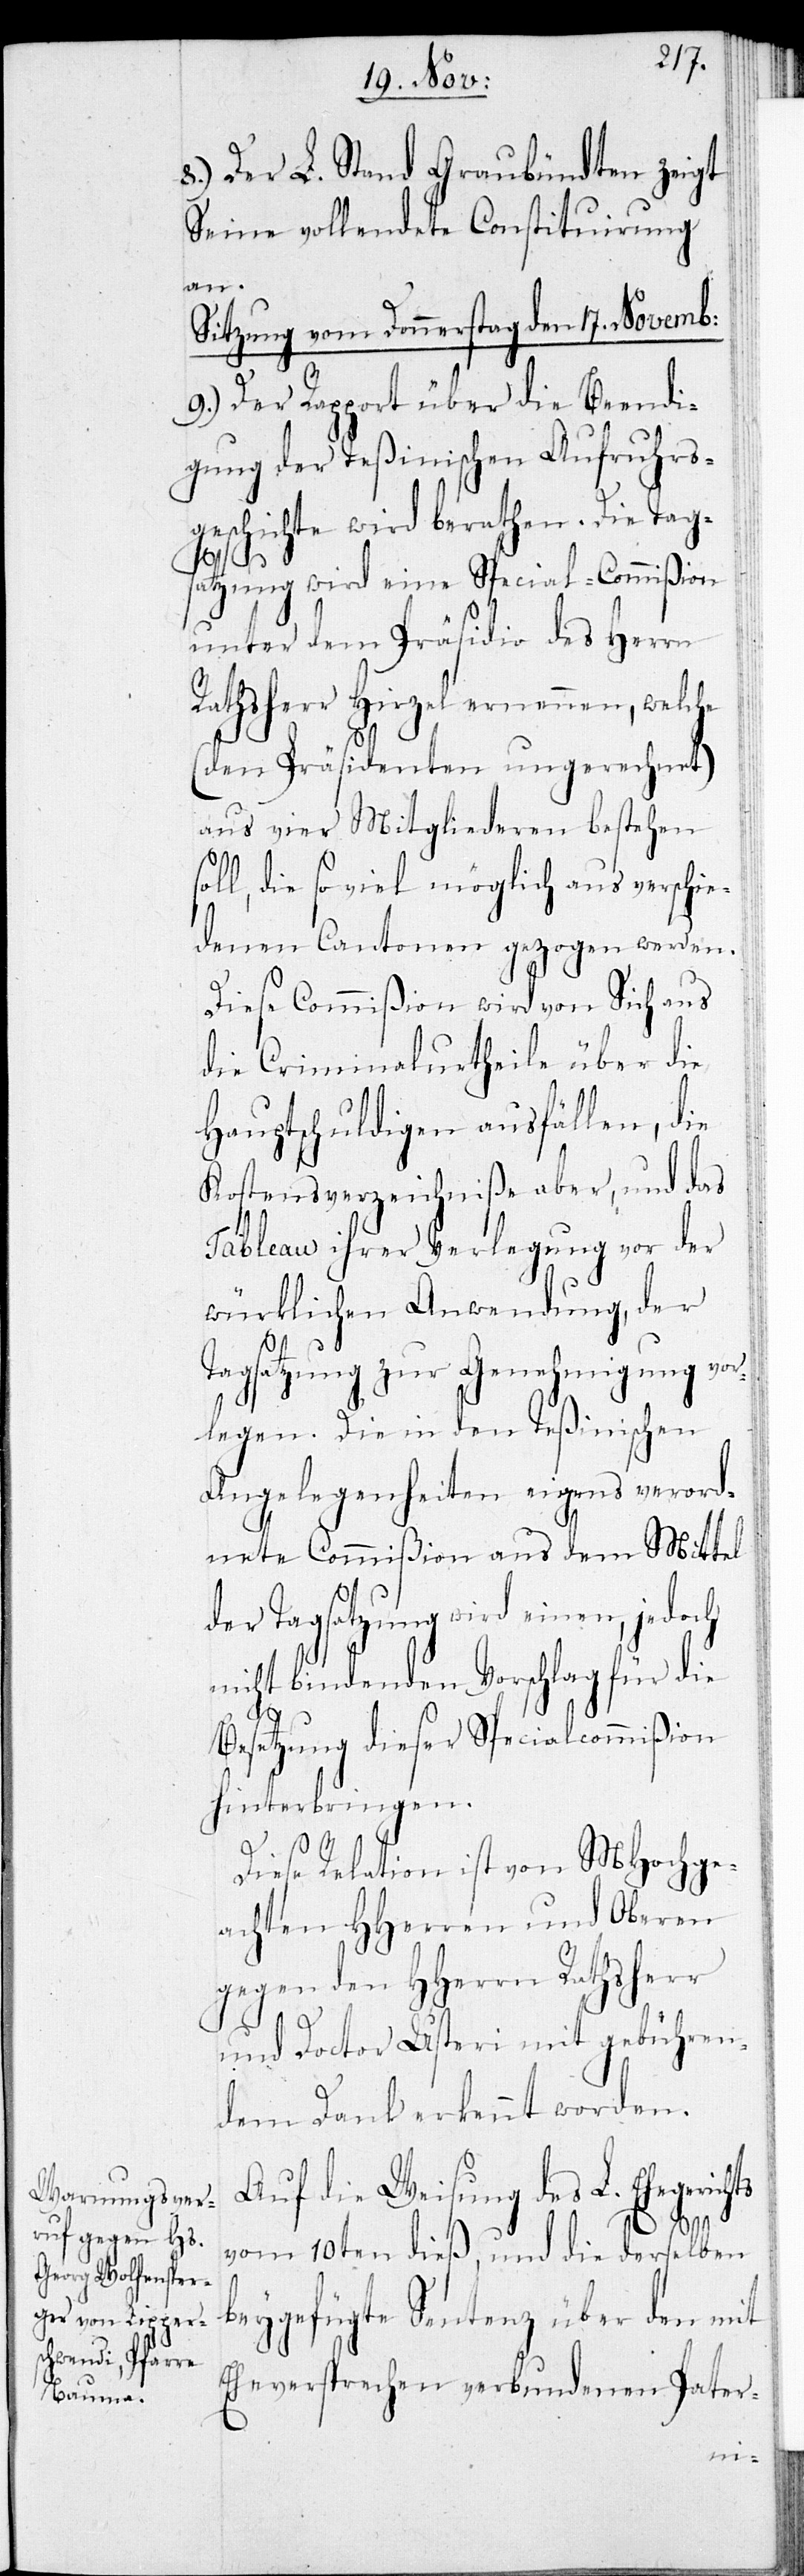
8.) Der L. Stand Graubündten zeigt
seine vollendete Constituirung
an.
Sitzung vom Donnerstag den 17. Novemb:
9.) Der Rapport über die Beendi¬
gung der Teßinischen Aufruhrs¬
geschichte wird berathen. Die Tags¬
atzung wird eine Special-Commißion
unter dem Präsidio des Herrn
Rathsherr Hirzel ernennen, welche
(den Präsidenten ungerechnet)
aus vier Mitgliederen bestehen
l, die so viel möglich aus verschie¬
denen Cantonen gezogen werden.
Diese Commißion wird von sich aus
die Criminalurtheile über die
Hauptschuldigen ausfällen, die
Kostensverzeichniße aber, und das
Tableau ihrer Verlegung vor der
würklichen Anwendung, der
Tagsatzung zur Genehmigung vor¬
legen. Die in den Teßinischen
Angelegenheiten eigens verord¬
nete Commißion aus dem Mittel
der Tagsatzung wird einen, jedoch
nicht bindenden Vorschlag für die
Besetzung dieser Specialcommißion
hinterbringen.
Diese Relation ist von MHochge¬
achten HHerren und Oberen
gegen den HHerrn Rathsherr
und Doctor Usteri mit gebühren¬
dem Dank erkennt worden.
Auf die Weisung des L. Ehegerich¬
ts
vom 10ten dieß, und die derselben
beygefügte Sentenz über den mit
Eheversprechen verbundenen Pater-